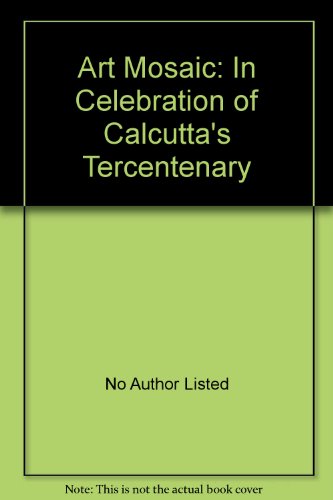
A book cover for Art Mosaic: In Celebration of Calcutta's Tercentenary; No Author Listed; Arts & Photography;